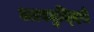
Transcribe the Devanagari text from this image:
अल्पबुध्दिचे